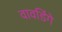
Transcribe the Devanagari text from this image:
वावडिंगे